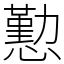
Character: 懃